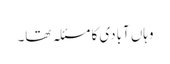
وہاں آبادی کا مسئلہ تھا۔